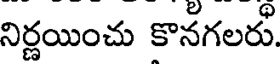
నిర్ణయించు కొనగలరు.